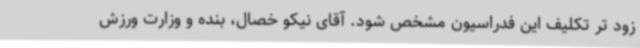
زود تر تکلیف این فدراسیون مشخص شود. آقای نیکو خصال، بنده و وزارت ورزش